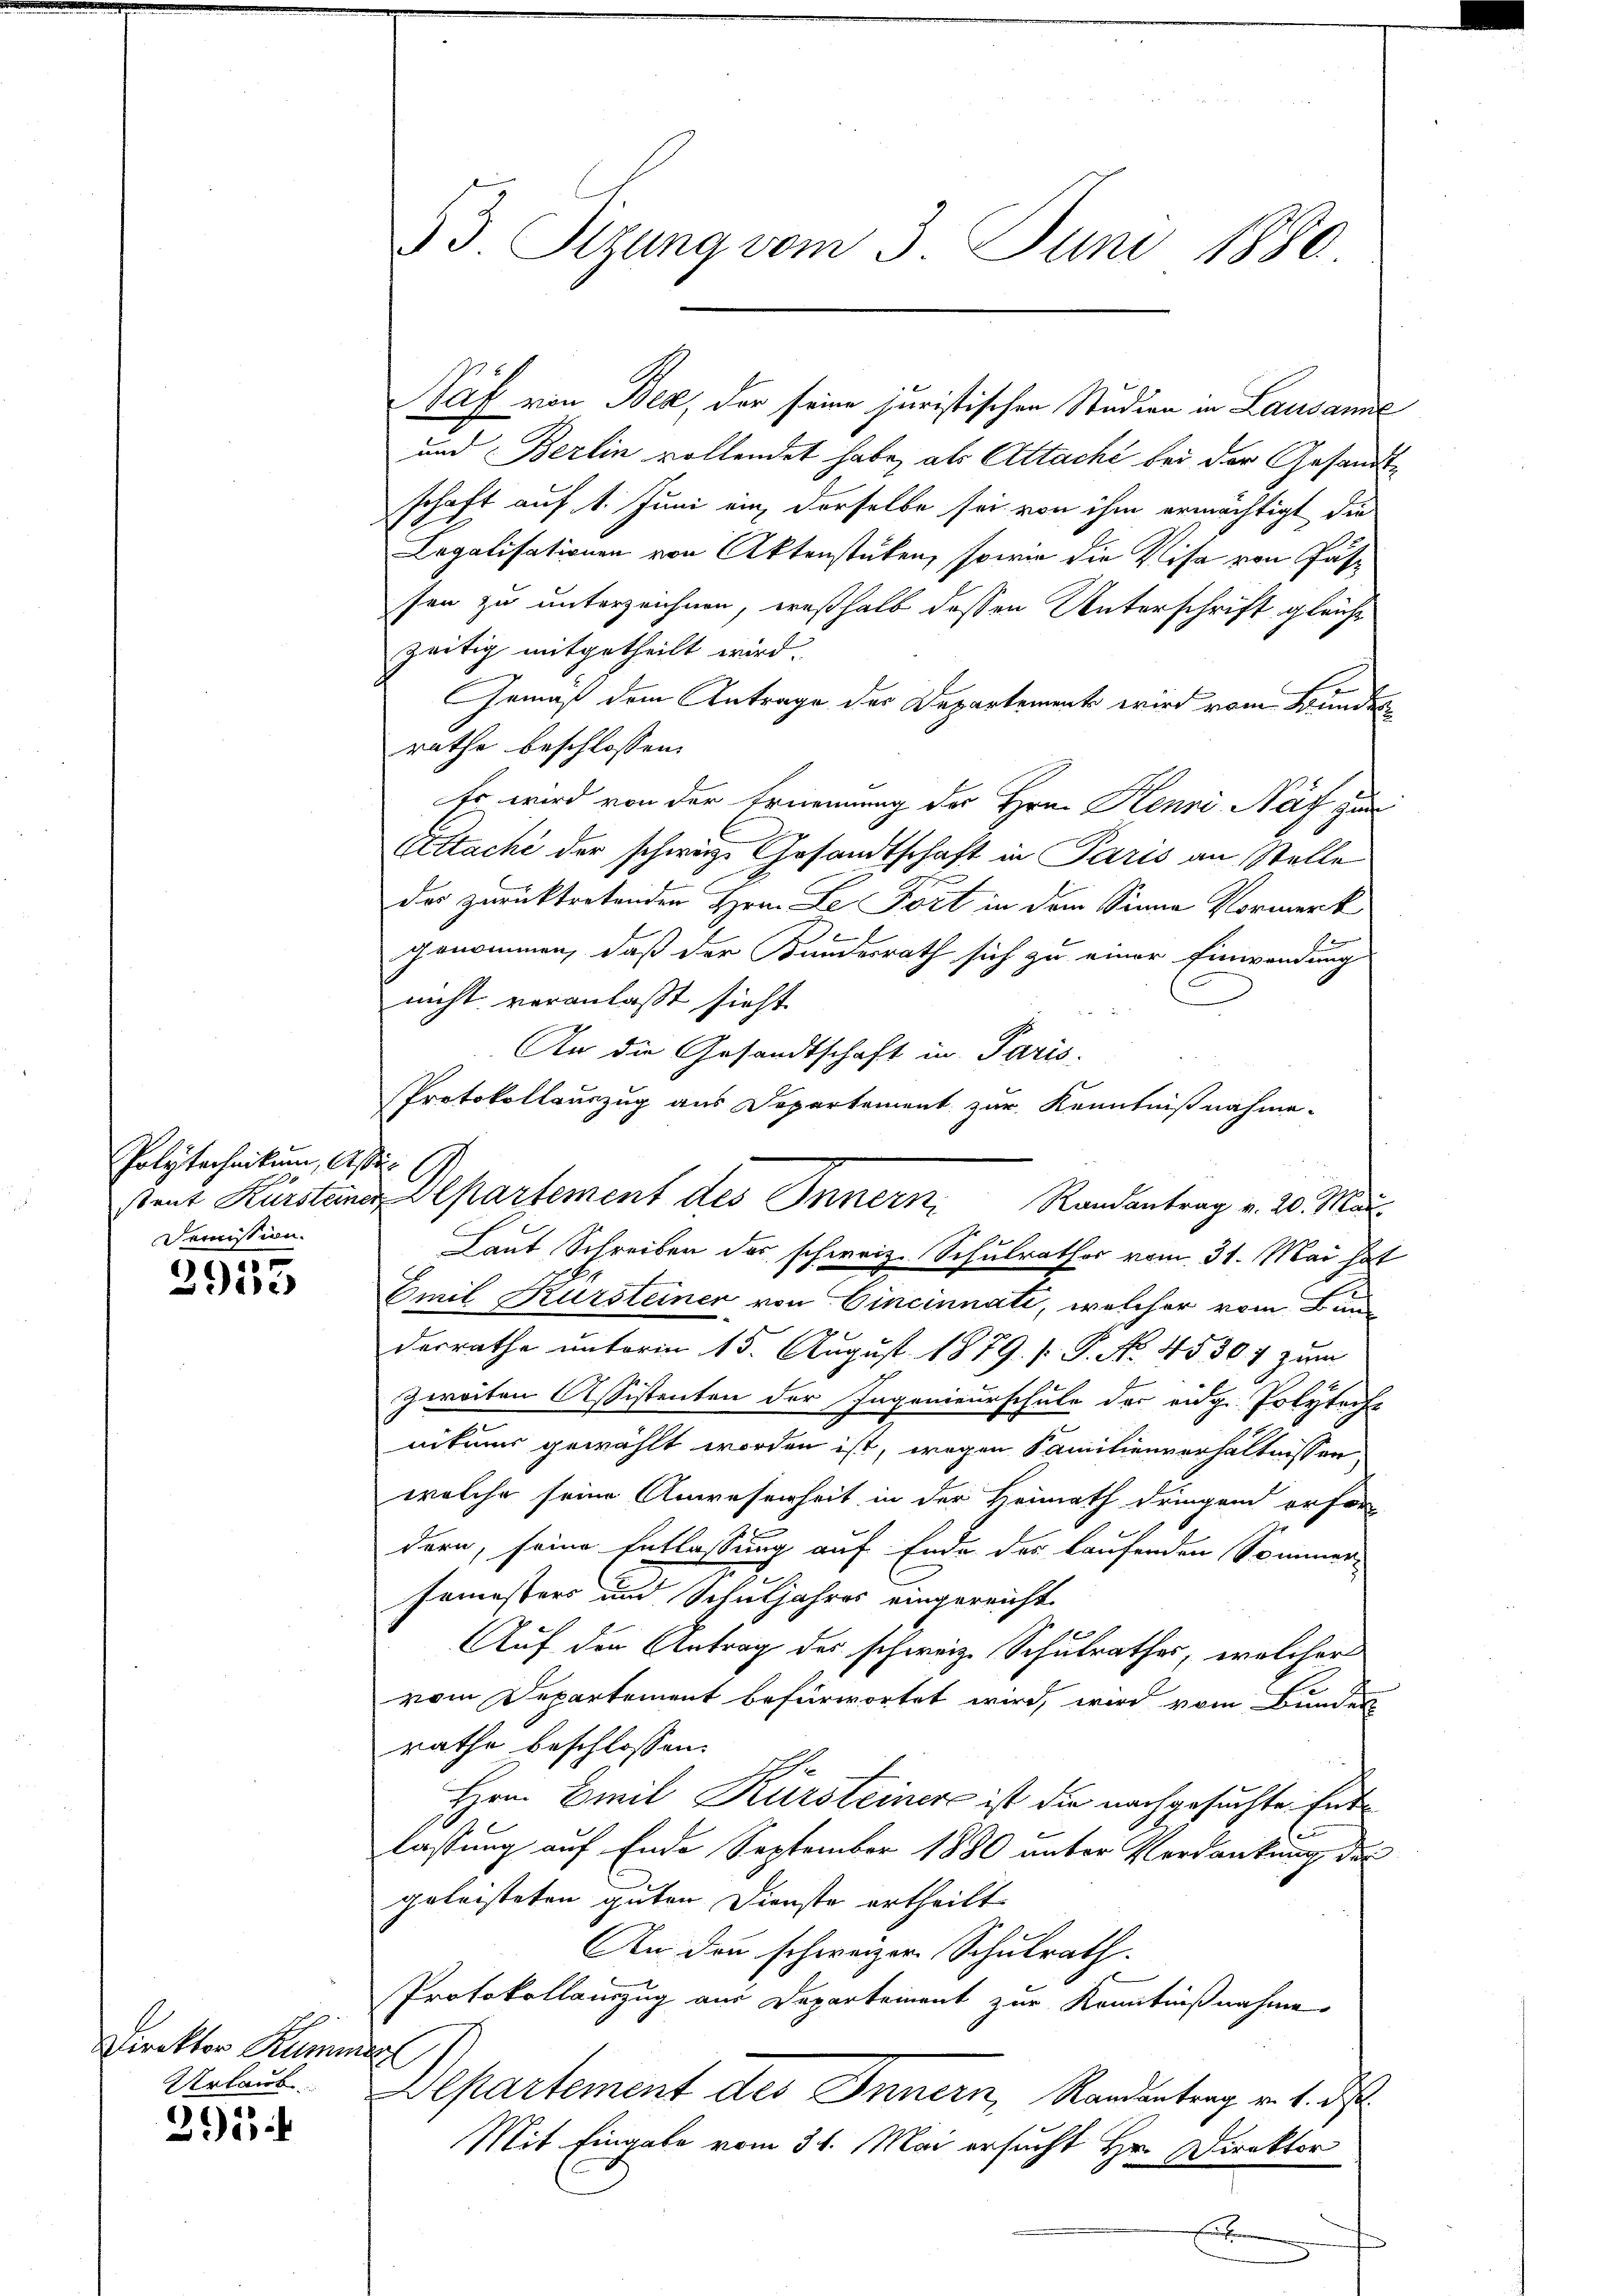
Polytechnikum, As.
stent Kürsteine
Demission.

2953

Direktor Kumm
Urlaub

2

3 Sizung vom 3. Juni 1880

Saf von Bez, der seine juristischen Studien in Lausanne
und Berlin vollendet habe, als Attacht bei der Gesandtschaft auf 1. Juni ein, derselbe sei von ihm ermächtigt die
Legalisationen von Aktenstücken, sowie die Visa von Jahsen zu unterzeichnen, weßhalb dessen Unterschrift gleich
zeitig mitgetheilt wird.
Gemäß dem Antrage der Departement wird vom Bundesrathe beschlossen:
Es wird von der Ernennung der Hrn. Henri Näf zur
Attachi der schweiz. Gesandtschaft in Paris an Stelle
der zurücktretenden Hrn. Le Fort in dem Sinne Vormerk
i
genommen, daß der Bundesrath sich zu einer Einwendung
nicht veranlaßt sieht.
An die Gesandtschaft in Paris,
Protokollauszug aus Departement zur Kenntnißnahme.
Emil Kursteiner von Cincinnati, welcher vom Bunde
derrathe unterm 15. August 1879. s P. No. 45307 zum
zweiten Assistenten der Ingenieurschule der eidg. Polyteche
nitums gewählt worden ist, wegen Familienverhältnissen
welche seine Anwesenheit in der Heimath dringend erfor-
dern, seine Entlassung auf Ende der laufenden Sommer-
semesters und Schuljahres eingereicht.
Auf den Antrag des schweiz. Schulrathes, welcher
vom Departement befürwortet wird, wird vom Bunden
rathe beschlossen:
G
Hrn. Emil Kursteiner ist die nachgesuchte Entlassung auf Ende September 1880 unter Verdankung der
geleisteten guten Dienste ertheilt.
An den schweizer Schulrath.
Protokollauszug aus Departement zur Kenntnißnahme
o
Departement des Innern, Randentrag v. 4. ds
Mit Eingabe vom 31. Mai ersucht Hr. Direktor
E

f

Departement des Innern, Randantrag v. 20. Ma
Laut Schreiben des schweiz. Schulrathes vom 31. Mai hat